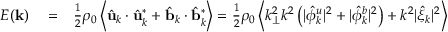
\begin{array} { r l r } { E ( { \bf k } ) } & { { } = } & { \frac { 1 } { 2 } \rho _ { 0 } \left\langle \hat { \bf u } _ { k } \cdot \hat { \bf u } _ { k } ^ { * } + \hat { \bf b } _ { k } \cdot \hat { \bf b } _ { k } ^ { * } \right\rangle = \frac { 1 } { 2 } \rho _ { 0 } \left\langle k _ { \perp } ^ { 2 } k ^ { 2 } \left( \vert \hat { \phi } _ { k } ^ { u } \vert ^ { 2 } + \vert \hat { \phi } _ { k } ^ { b } \vert ^ { 2 } \right) + k ^ { 2 } \vert \hat { \xi } _ { k } \vert ^ { 2 } \right\rangle } \end{array}